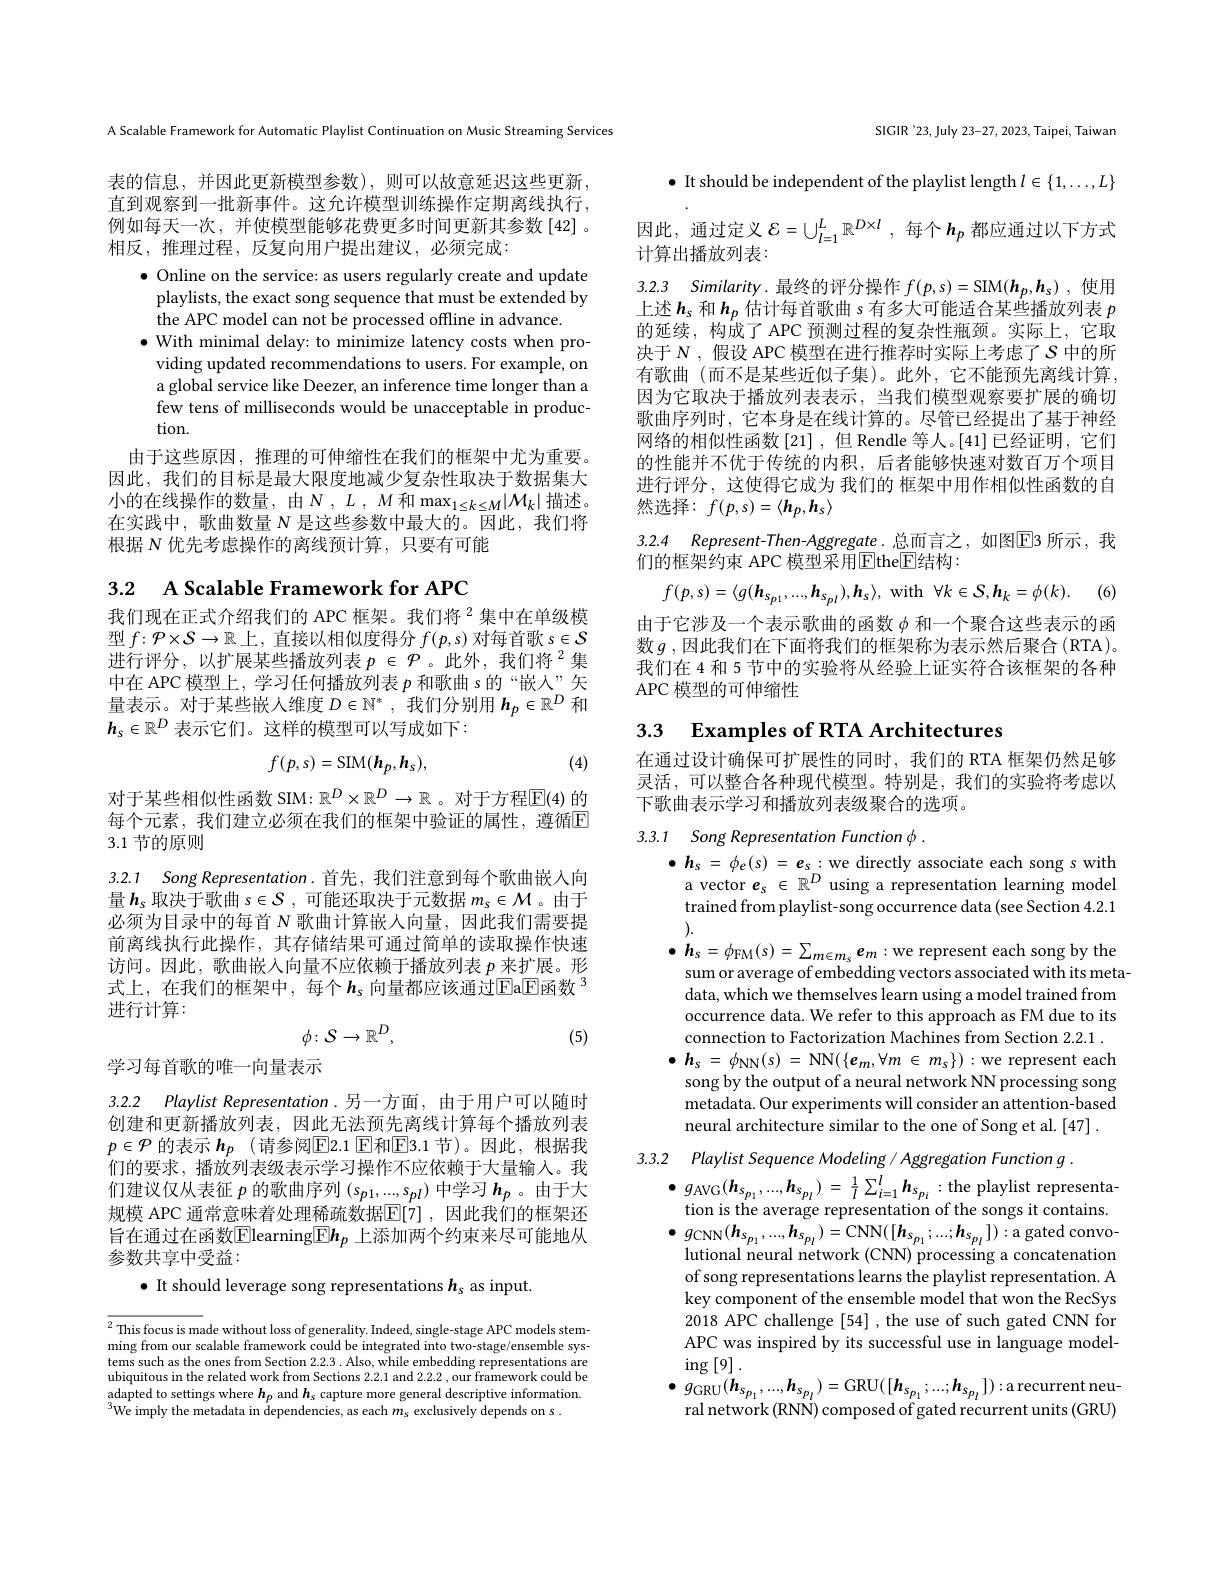
SIGIR '23, July 23-27, 2023, Taipei, Taiwan

A Scalable Framework for Automatic Playlist Continuation on Music Streaming Services

表的信息，并因此更新模型参数),则可以故意延迟这些更新， 直到观察到一批新事件。这允许模型训练操作定期离线执行， 例如每天一次，并使模型能够花费更多时间更新其参数[42]。相反，推理过程，反复向用户提出建议，必须完成：

$\bullet$ Online on the service: as users regularly create and update
playlists, the exact song sequence that must be extended by
the APC model can not be processed offline in advance.
$\bullet$ With minimal delay: to minimize latency costs when pro-
viding updated recommendations to users. For example, on a global service like Deezer, an inference time longer than a few tens of milliseconds would be unacceptable in production.
由于这些原因，推理的可伸缩性在我们的框架中尤为重要。因此，我们的目标是最大限度地减少复杂性取决于数据集大小的在线操作的数量，由$N, L, M$ 和 $\max _{1\leq k\leq M}| M_k|$描述。在实践中，歌曲数量$N$是这些参数中最大的。因此，我们将根据 N 优先考虑操作的离线预计算，只要有可能

3.2 A Scalable Framework for APC

我们现在正式介绍我们的 APC 框架。我们将$^{2}$集中在单级模型$f:\mathcal{P}\times\mathcal{S}\to\mathbb{R}$上，直接以相似度得分$f(p,s)$对每首歌$s\in\mathcal{S}$ 进行评分，以扩展某些播放列表$p\in\mathcal{P}$ 。此外，我们将$^2$集中在 APC 模型上，学习任何播放列表$p$和歌曲 s的“嵌人”矢量表示。对于某些嵌人维度$D\in\mathbb{N}^*$,我们分别用$\boldsymbol h_p\in\mathbb{R}^D$和$h_s\in\mathbb{R}^D$表示它们。这样的模型可以写成如下：
$$f(p,s)=\mathrm{SIM}(h_p,h_s),$$
(4)

对于某些相似性函数 SIM: $\mathbb{R}^D\times\mathbb{R}^D\to\mathbb{R}$ 。对于方程$\mathbb{E}(4)$ 的每个元素，我们建立必须在我们的框架中验证的属性，遵循$\overline{\mathrm{E}}$ 3.1节的原则

3.2.1 Song Representation. 首先，我们注意到每个歌曲嵌入向量$\boldsymbol{h}_\mathrm{s}$取决于歌曲$s\in\mathcal{S}$,可能还取决于元数据$m_\mathrm{s} \in \mathcal{M}$。由于必须为目录中的每首$N$歌曲计算嵌人向量，因此我们需要提前离线执行此操作，其存储结果可通过简单的读取操作快速访问。因此，歌曲嵌入向量不应依赖于播放列表$p$来扩展。形式上，在我们的框架中，每个$\boldsymbol{h}_s$ 向量都应该通过Ea$\overline{\mathrm{E}}\text{函数}^3$ 进行计算：
$$\phi\colon S\to\mathbb{R}^{D},$$
(5)

## 学习每首歌的唯一向量表示

3.2.2 Playlist Representation.另一方面，由于用户可以随时创建和更新播放列表，因此无法预先离线计算每个播放列表$p\in\mathcal{P}$ 的表示 $h_p$ (请参阅$\mathbb{E}$2.1 E和$\mathbb{E}$3.1 节)。因此，根据我们的要求，播放列表级表示学习操作不应依赖于大量输人。我们建议仅从表征$p$的歌曲序列$(s_{p1},...,s_{pl})$中学习$h_p$ 。由于大规模 APC 通常意味着处理稀疏数据$\mathbb{E}[7]$ ,因此我们的框架还旨在通过在函数$\boxed{\mathrm{E}}$learning$\boxed{\mathrm{E}}\boldsymbol{h}_p$ 上添加两个约束来尽可能地从参数共享中受益：

$\bullet$ It should leverage song representations $h_s$ as input.

$\overline{^2\text{This focus is made without loss of generality. Indeed, single-stage APC models stem-}}$ ming from our scalable framework could be integrated into two-stage/ensemble systems such as the ones from Section 2.2.3 .Also, while embedding representations are ubiquitous in the related work from Sections 2.2.1 and 2.2.2,our framework could be adapted to settings where $\boldsymbol h_p$ and $\boldsymbol h_s$ capture more general descriptive information. $^{3}$We imply the metadata in dependencies, as each $m_\mathrm{s}$ exclusively depends on s.

$\bullet$ It should be independent of the playlist length $l\in\{1,\ldots,L\}$ 因此，通过定义$\mathcal{E}=\cup_{l=1}^L\mathbb{R}^{D\times l}$,每个$h_p$都应通过以下方式计算出播放列表：
3.2.3 $Similarity.$最终的评分操作 $f( p, s) = \operatorname { SIM} ( \boldsymbol{h}_p, \boldsymbol{h}_s)$ , 使用上述$h_\mathrm{s}$ 和$h_p$ 估计每首歌曲 s 有多大可能适合某些播放列表 $p$ 的延续，构成了 APC 预测过程的复杂性瓶颈。实际上，它取决于$N$ , 假设 APC 模型在进行推荐时实际上考虑了$S$中的所有歌曲(而不是某些近似子集)。此外，它不能预先离线计算， 因为它取决于播放列表表示，当我们模型观察要扩展的确切歌曲序列时，它本身是在线计算的。尽管已经提出了基于神经网络的相似性函数[21] ,但 Rendle 等人。[41]已经证明，它们的性能并不优于传统的内积，后者能够快速对数百万个项目进行评分，这使得它成为 我们的 框架中用作相似性函数的自然选择：$f(p,s)=\langle\boldsymbol{h}_p,\boldsymbol{h}_s\rangle$

3.2.4 Represent-Then-Aggregate.总而言之，如图E3 所示，我
们的框架约束 APC 模型采用$\boxed{\mathrm{E}}$the$\boxed{\mathrm{E}}$结构：
$$f(p,s)=\langle g(\boldsymbol{h}_{s_{p1}},...,\boldsymbol{h}_{s_{pl}}),\boldsymbol{h}_{s}\rangle,\:\mathrm{with}\:\forall k\in\mathcal{S},\boldsymbol{h}_{k}=\phi(k).$$
由于它涉及一个表示歌曲的函数$\phi$和一个聚合这些表示的函数$g$ ,因此我们在下面将我们的框架称为表示然后聚合 (RTA)。我们在 4 和 5 节中的实验将从经验上证实符合该框架的各种$\operatorname{APC}$模型的可伸缩性

# 3.3 Examples of RTA Architectures

在通过设计确保可扩展性的同时，我们的 RTA 框架仍然足够灵活，可以整合各种现代模型。特别是，我们的实验将考虑以下歌曲表示学习和播放列表级聚合的选项。

3.3.1 Song Representation Function $\phi$ .

$\begin{array}{cc}\bullet&h_{s}=\phi_{e}(s)=\boldsymbol{e}_{s}:\text{we directly associate each song s with}\\&\mathrm{a~vector~e}_{s}\in\mathbb{R}^{D}\text{ using a representation learning model}\end{array}$ trained from playlist-song occurrence data (see Section 4.2.1 ).

$\bullet$ $h_{s}= \phi _{\mathrm{FM}}( s) = \sum _{m\in m_{s}}e_{m}:$we represent each song by the
sum or average of embedding vectors associated with its metadata, which we themselves learn using a model trained from occurrence data. We refer to this approach as FM due to its connection to Factorization Machines from Section 2.2.1 . $\bullet h_{s}= \phi _{\mathrm{NN}}( s)$ =NN$( \{ e_m, \forall m$ $\in$ $m_{s}\} )$ :we represent each song by the output of a neural network NN processing song metadata. Our experiments will consider an attention-based neural architecture similar to the one of Song et al. [47] .

3.3.2 Playlist Sequence Modeling / Aggregation Function g .
$\bullet g_{\mathrm{AVG}}( \boldsymbol{h}_{s_{p_{1}}}, . . . , \boldsymbol{h}_{s_{p_{l}}})$ = $\frac 1l\sum _{i= 1}^{l}\boldsymbol{h}_{s_{p_{i}}}$ :the playlist representa-
tion is the average representation of the songs it contains. $\bullet$ $g_{\mathrm{CNN}}( \boldsymbol{h}_{s_{p_{1}}}, . . . , \boldsymbol{h}_{s_{p_{l}}}) =$CNN$([\boldsymbol{h}_{s_{p_{1}}};...;\boldsymbol{h}_{s_{p_{l}}}]):$a gated convo- lutional neural network (CNN) processing a concatenation of song representations learns the playlist representation. A key component of the ensemble model that won the RecSys 2018 APC challenge [54] , the use of such gated CNN for APC was inspired by its successful use in language model- $\operatorname{ing}\left[9\right].$
$\bullet g_{\mathrm{GRU}}(\boldsymbol{h}_{s_{p_{1}}},\ldots,\boldsymbol{h}_{s_{p_{l}}})=$GRU$([\boldsymbol{h}_{s_{p_{1}}};\ldots;\boldsymbol{h}_{s_{p_{l}}}]):$arecurrent neu-
ral network (RNN) composed of gated recurrent units (GRU)